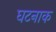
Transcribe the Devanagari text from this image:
घटनाक